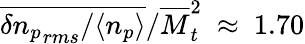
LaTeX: \overline{{\delta{n_{p}}_{rms}/\langle n_{p}\rangle}}/\overline{{M}}_{t}^{2}~\approx~1.70